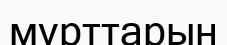
мұрттарын